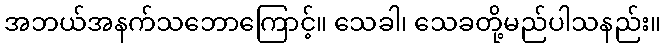
အဘယ်အနက်သဘောကြောင့်။ သေခါ၊ သေခတို့မည်ပါသနည်း။